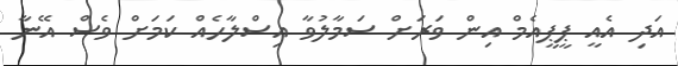
އަދި އެއީ ޕީޕީއެމް އިން ވަރަށް ސަމާލުވާ އިސްލާހެއް ކަމަށް ވެސް އޭނާ